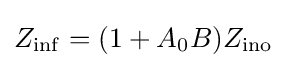
Z_{\mathrm {inf} }=(1+A_{0}B)Z_{\mathrm {ino} }